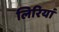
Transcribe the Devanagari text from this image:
लिरियां